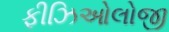
ફીઝિઓલોજી